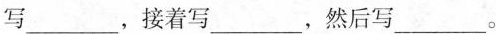
写___，接着写___，然后写___。